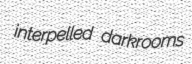
interpelled darkrooms